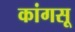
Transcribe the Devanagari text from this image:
कांगसू